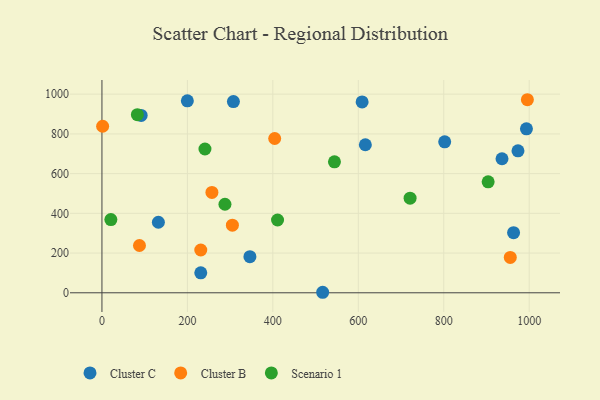
{"axis": {"x": "Experience", "y": "Fuel Efficiency"}, "legend": ["Cluster B", "Cluster C", "Scenario 1"], "data": [{"x": "802.2", "y": 760.2, "type": "Cluster C"}, {"x": "199.9", "y": 966.8, "type": "Cluster C"}, {"x": "231.3", "y": 100.7, "type": "Cluster C"}, {"x": "307.7", "y": 962.7, "type": "Cluster C"}, {"x": "91.8", "y": 893.3, "type": "Cluster C"}, {"x": "516.6", "y": 2.6, "type": "Cluster C"}, {"x": "616.5", "y": 745.4, "type": "Cluster C"}, {"x": "132.1", "y": 355.3, "type": "Cluster C"}, {"x": "993.5", "y": 825.6, "type": "Cluster C"}, {"x": "963.4", "y": 302.9, "type": "Cluster C"}, {"x": "936.3", "y": 674.9, "type": "Cluster C"}, {"x": "973.7", "y": 714.8, "type": "Cluster C"}, {"x": "346.3", "y": 182.0, "type": "Cluster C"}, {"x": "608.9", "y": 961.1, "type": "Cluster C"}, {"x": "257.4", "y": 505.4, "type": "Cluster B"}, {"x": "995.7", "y": 972.1, "type": "Cluster B"}, {"x": "87.8", "y": 238.0, "type": "Cluster B"}, {"x": "231.3", "y": 215.4, "type": "Cluster B"}, {"x": "955.7", "y": 178.1, "type": "Cluster B"}, {"x": "1.6", "y": 838.5, "type": "Cluster B"}, {"x": "305.3", "y": 340.4, "type": "Cluster B"}, {"x": "404.3", "y": 776.9, "type": "Cluster B"}, {"x": "544.2", "y": 659.5, "type": "Scenario 1"}, {"x": "411.0", "y": 366.5, "type": "Scenario 1"}, {"x": "20.9", "y": 368.5, "type": "Scenario 1"}, {"x": "241.1", "y": 724.0, "type": "Scenario 1"}, {"x": "287.9", "y": 445.8, "type": "Scenario 1"}, {"x": "903.9", "y": 558.7, "type": "Scenario 1"}, {"x": "721.2", "y": 476.3, "type": "Scenario 1"}, {"x": "82.9", "y": 896.7, "type": "Scenario 1"}]}